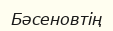
Бәсеновтің